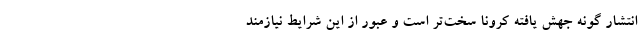
انتشار گونه جهش یافته کرونا سخت‌تر است و عبور از این شرایط نیازمند